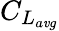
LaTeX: C_{L_{a\mathit{v}g}}